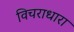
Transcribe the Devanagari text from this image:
विचराधारा